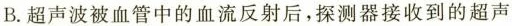
B.超声波被血管中的血流反射后，探测器接收到的超声